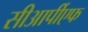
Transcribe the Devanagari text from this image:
सीआर्पीएफ